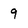
Character: 9